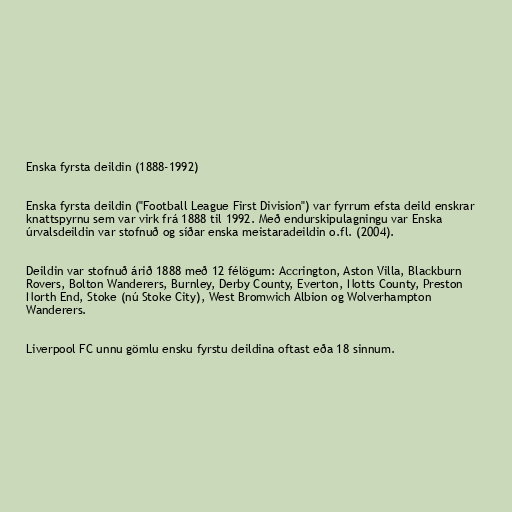
Enska fyrsta deildin (1888-1992)

Enska fyrsta deildin ("Football League First Division") var fyrrum efsta deild enskrar
knattspyrnu sem var virk frá 1888 til 1992. Með endurskipulagningu var Enska
úrvalsdeildin var stofnuð og síðar enska meistaradeildin o.fl. (2004).

Deildin var stofnuð árið 1888 með 12 félögum: Accrington, Aston Villa, Blackburn
Rovers, Bolton Wanderers, Burnley, Derby County, Everton, Notts County, Preston
North End, Stoke (nú Stoke City), West Bromwich Albion og Wolverhampton
Wanderers.

Liverpool FC unnu gömlu ensku fyrstu deildina oftast eða 18 sinnum.